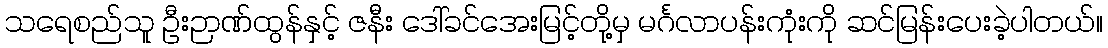
သရေစည်သူ ဦးဉာဏ်ထွန်နှင့် ဇနီး ဒေါ်ခင်အေးမြင့်တို့မှ မင်္ဂလာပန်းကုံးကို ဆင်မြန်းပေးခဲ့ပါတယ်။